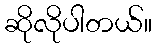
ဆိုလိုပါတယ်။